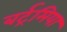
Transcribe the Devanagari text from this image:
बर्ट्रमिया